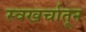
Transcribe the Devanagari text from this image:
स्वखर्चातून